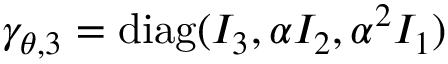
\gamma _ { \theta , 3 } = \mathrm { d i a g } ( I _ { 3 } , \alpha I _ { 2 } , \alpha ^ { 2 } I _ { 1 } )